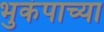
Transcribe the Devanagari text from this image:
भुकंपाच्या